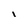
Character: I